Vaccination in Burma 1912-1922 - 1912-1922
Year: 1912
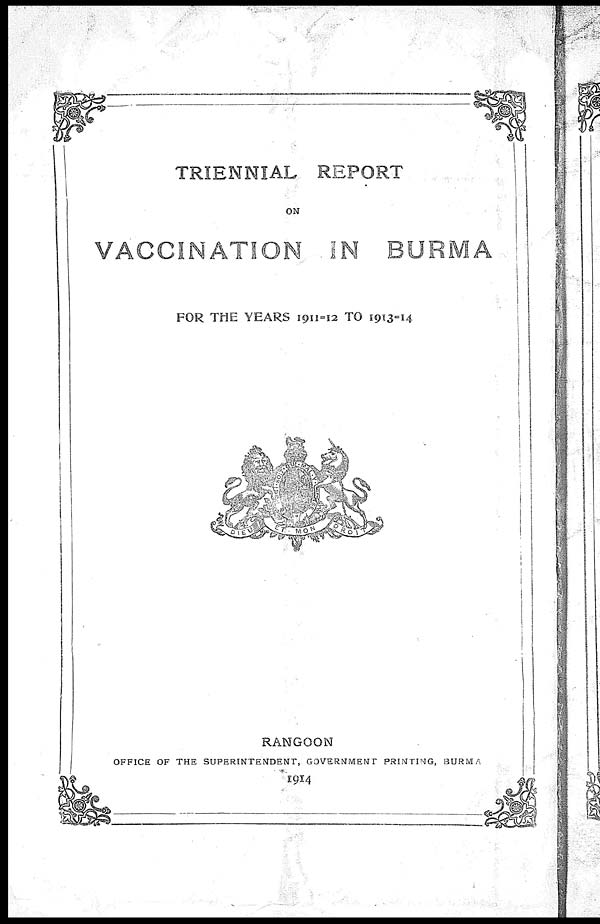
TRIENNIAL REPORT
ON
VACCINATION IN BURMA
FOR THE YEARS 1911=12 TO 1913=14
RANGOON
OFFICE OF THE SUPERINTENDENT, GOVERNMENT PRINTING, BURMA
1914